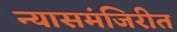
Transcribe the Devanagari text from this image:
न्यासमंजिरीत